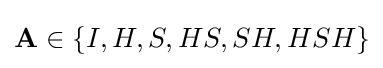
\mathbf {A} \in \{I,H,S,HS,SH,HSH\}